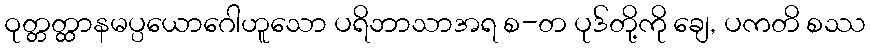
ဝုတ္တတ္ထာနမပ္ပယောဂေါဟူသော ပရိဘာသာအရ စ-တ ပုဒ်တို့ကို ချေ, ပကတိ စဿ